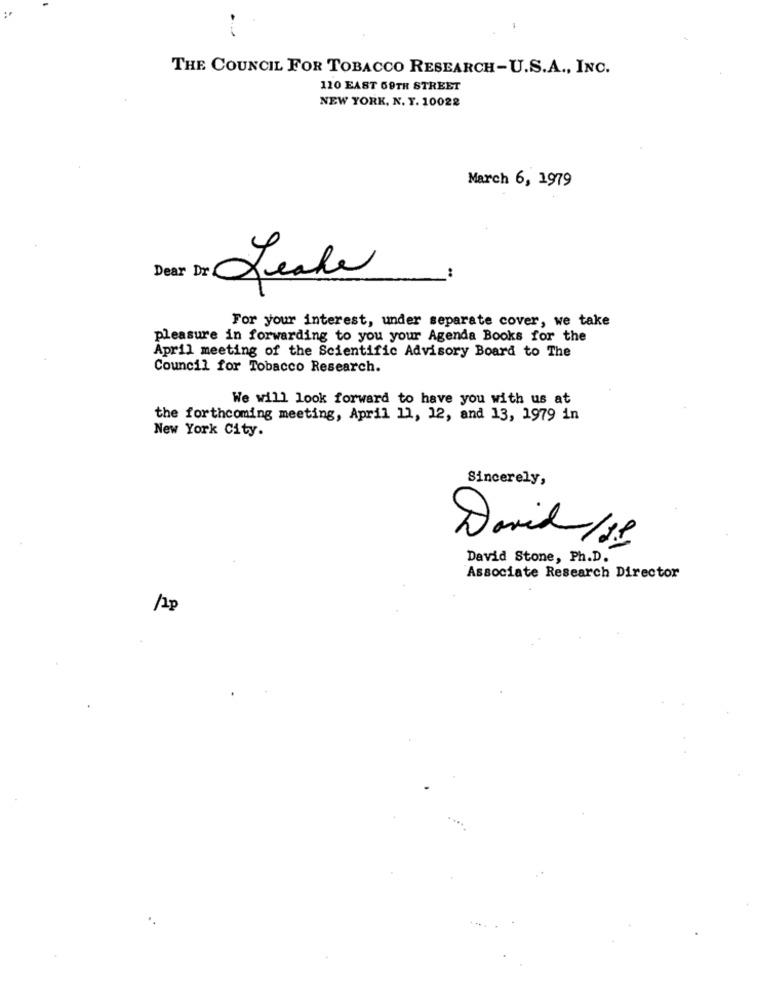
:
THE COUNCIL FOR TOBACCO RESEARCH-U.S.A ., INC.
110 EAST 69TH STREET
NEW YORK, N. Y. 10022
March 6, 1979
Jeale
For your interest, under separate cover, we take
pleasure in forwarding to you your Agenda Books for the
April meeting of the Scientific Advisory Board to The
Council for Tobacco Research.
We will look forward to have you with us at
the forthcoming meeting, April 11, 12, and 13, 1979 in
New York City.
Sincerely,
David Stone, Ph.D.
Associate Research Director